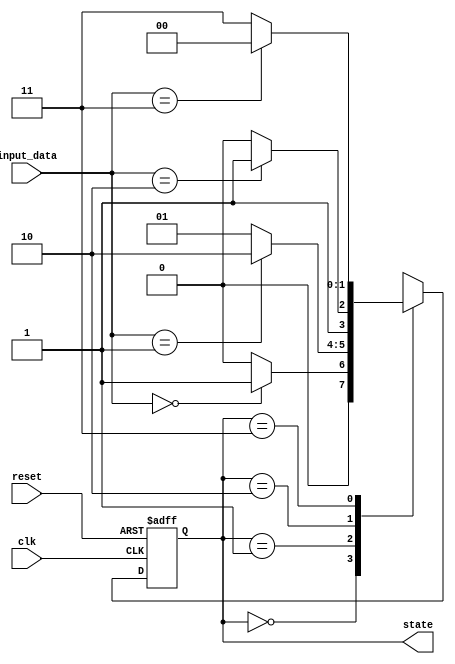
module StateMachine (
    input clk,
    input reset,
    input [1:0] input_data,
    output reg [1:0] state
);

parameter S0 = 2'b00;
parameter S1 = 2'b01;
parameter S2 = 2'b10;
parameter S3 = 2'b11;

always @(posedge clk or posedge reset) begin
    if (reset) begin
        state <= S0;
    end else begin
        case(state)
            S0: begin
                if (input_data == 2'b00) begin
                    state <= S1;
                end else begin
                    state <= S0;
                end
            end
            
            S1: begin
                if (input_data == 2'b01) begin
                    state <= S2;
                end else begin
                    state <= S1;
                end
            end
            
            S2: begin
                if (input_data == 2'b10) begin
                    state <= S3;
                end else begin
                    state <= S2;
                end
            end
            
            S3: begin
                if (input_data == 2'b11) begin
                    state <= S0;
                end else begin
                    state <= S3;
                end
            end
        endcase
    end
end

endmodule